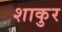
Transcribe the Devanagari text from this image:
शाकुर